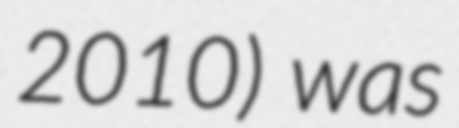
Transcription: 2010) was